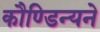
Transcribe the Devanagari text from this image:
कौण्डिन्यने